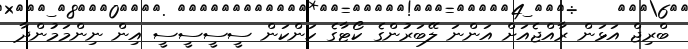
ބްރިޖް އަޅަން ރާއްޖެއަށް އަންނަ ލޭބަރުންގެ ކޯޓާގެ ކަންކަން ސީސީސީސީ އިން ނިންމަމުންދާ